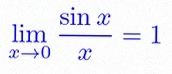
\lim_{x\to0}\frac{\sin x}{x}=1